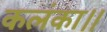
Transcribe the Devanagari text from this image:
कलंका।।